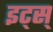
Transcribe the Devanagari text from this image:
इट्स्